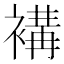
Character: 褠